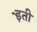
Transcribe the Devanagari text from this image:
इेती